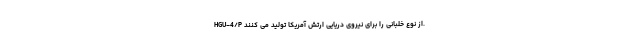
HGU-4/P از نوع خلبانی را برای نیروی دریایی ارتش آمریکا تولید می کنند.